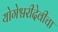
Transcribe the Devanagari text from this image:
योगेश्वरीदेवीचा